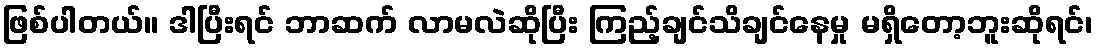
ဖြစ်ပါတယ်။ ဒါပြီးရင် ဘာဆက် လာမလဲဆိုပြီး ကြည့်ချင်သိချင်နေမှု မရှိတော့ဘူးဆိုရင်၊